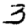
Digit: 3